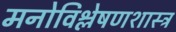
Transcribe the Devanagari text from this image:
मनोविश्लेषणशास्त्र